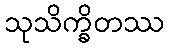
သုသိက္ခိတဿ